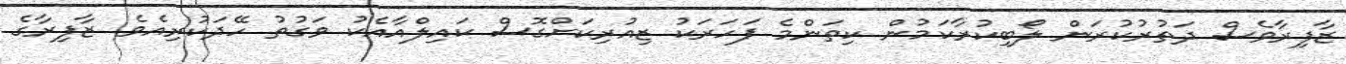
ޒާފިރާވެސް ދަތުރުކުރަން ލޯބިކުރާކަމުން ކިތަންމެ ފަހަރަކު ޒިއުރިކަށްގޮސް ކައިލްއާއެކު ވަގުތު ހޭދަކުރިއެވެ. ޒާފިރާގެ